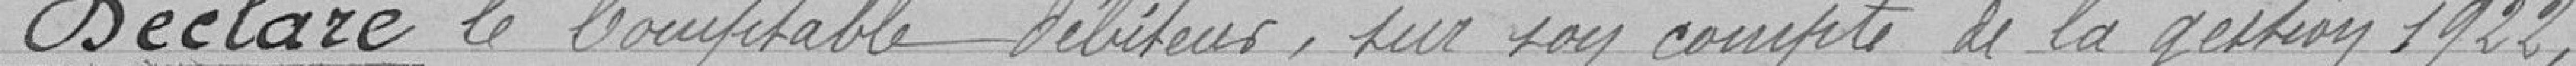
Déclare le Comptable débiteur , sur son compte de la gestion 1922 ,